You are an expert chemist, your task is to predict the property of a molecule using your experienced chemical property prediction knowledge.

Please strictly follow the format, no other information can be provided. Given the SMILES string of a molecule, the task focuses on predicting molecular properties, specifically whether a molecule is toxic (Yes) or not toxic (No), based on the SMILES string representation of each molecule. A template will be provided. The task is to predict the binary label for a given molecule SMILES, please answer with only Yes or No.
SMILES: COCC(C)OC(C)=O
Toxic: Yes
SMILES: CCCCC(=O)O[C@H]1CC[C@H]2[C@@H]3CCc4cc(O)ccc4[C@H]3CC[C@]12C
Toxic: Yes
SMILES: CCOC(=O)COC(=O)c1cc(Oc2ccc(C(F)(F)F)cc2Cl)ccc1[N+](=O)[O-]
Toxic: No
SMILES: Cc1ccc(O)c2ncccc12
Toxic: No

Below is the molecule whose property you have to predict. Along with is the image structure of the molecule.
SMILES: CCOP(=S)(CC)Sc1ccccc1
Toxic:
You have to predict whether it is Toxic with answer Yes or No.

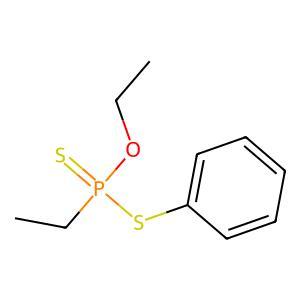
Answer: No